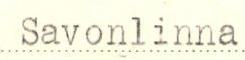
Savonlinna